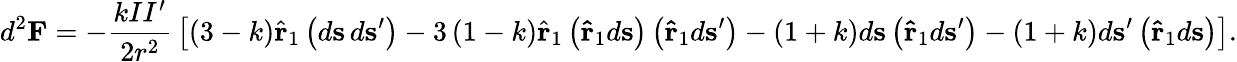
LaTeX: d^{2}\mathbf{F}=-{\frac{kII^{\prime}}{2r^{2}}}\left[\left(3-k\right){\hat{\mathbf{r}}}_{1}\left(d\mathbf{s}\, d\mathbf{s}^{\prime}\right)-3\left(1-k\right){\hat{\mathbf{r}}}_{1}\left(\mathbf{\hat{r}}_{1}d\mathbf{s}\right)\left(\mathbf{\hat{r}}_{1}d\mathbf{s}^{\prime}\right)-\left(1+k\right)d\mathbf{s}\left(\mathbf{\hat{r}}_{1}d\mathbf{s}^{\prime}\right)-\left(1+k\right)d\mathbf{s}^{\prime}\left(\mathbf{\hat{r}}_{1}d\mathbf{s}\right)\right].